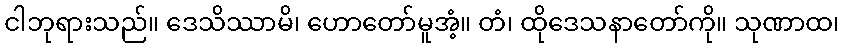
ငါဘုရားသည်။ ဒေသိဿာမိ၊ ဟောတော်မူအံ့။ တံ၊ ထိုဒေသနာတော်ကို။ သုဏာထ၊